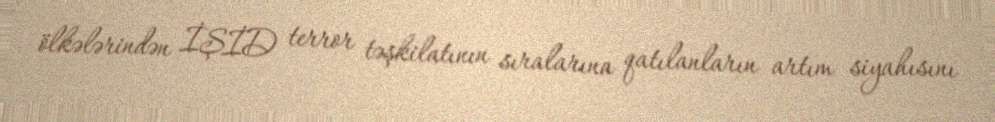
ölkələrindən İŞİD terror təşkilatının sıralarına qatılanların artım siyahısını